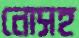
নোসহ